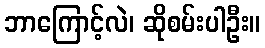
ဘာကြောင့်လဲ၊ ဆိုစမ်းပါဦး။